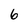
Character: 6